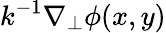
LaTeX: k^{-1}\nabla_{\perp}\phi(x,y)